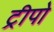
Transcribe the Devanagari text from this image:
ट्रीपो